Leaving Certificate Examination, 1918, 1918
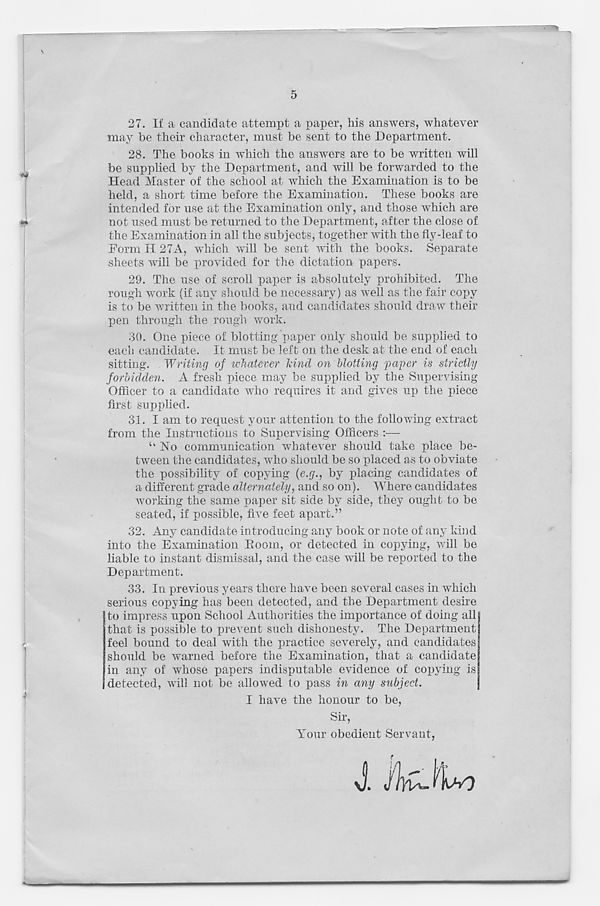
5
27. If a candidate attempt a paper, his answers, whatever
may be their character, must be sent to the Department.
28. The books in which the answers are to be written will
be supplied by the Department, and will be forwarded to the
Head Master of the school at which the Examination is to be
held, a short time before the Examination. These books are
intended for use at the Examination only, and those which are
not used must be returned to the Department, after the close of
the Examination in all the subjects, together with the fly-leaf to
Form H 27A, which will be sent with the books. Separate
sheets will be provided for the dictation papers.
29. The use of scroll paper is absolutely prohibited. The
rough work (if any should be necessary) as well as the fair copy
is to be written in the books, and candidates should draw their
pen through the rough work.
30. One piece of blotting paper only should be supplied to
each candidate. It must be left on the desk at the end of each
sitting. Writing of whatever kind on blotting 'paper is strictly
forbidden. A fresh piece may be supplied by the Supervising
Officer to a candidate who requires it and gives up the piece
first supplied.
31. I am to request your attention to the following extract
from the Instructions to Supervising Officers :—
“ No communication whatever should take place be-
tween the candidates, who should be so placed as to obviate
the possibility of copying (e.g., by placing candidates of
a different grade alternately, and so on). Where candidates
working the same paper sit side by side, they ought to be
seated, if possible, five feet apart.”
32. Any candidate introducing any book or note of any kind
into the Examination Boom, or detected in copying, will be
liable to instant dismissal, and the case will be reported to the
Department.
33. In previous years there have been several cases in which
serious copying has been detected, and the Department desire
to impress upon School Authorities the importance of doing all
that is possible to prevent such dishonesty. The Department
feel bound to deal with the practice severely, and candidates
should be warned before the Examination, that a candidate
in any of whose papers indisputable evidence of copying is
detected, will not be allowed to pass in any subject.
I have the honour to be,
Sir,
Your obedient Servant,